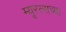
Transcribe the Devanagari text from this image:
म्यूरल्सच्या